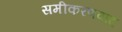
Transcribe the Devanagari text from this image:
समीकरणवाद